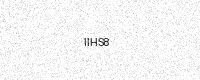
Text: IIHS8